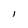
Character: l